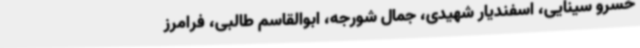
‌خسرو سینایی‌، اسفندیار شهیدی، جمال شورجه‌، ابوالقاسم طالبی، فرامرز